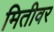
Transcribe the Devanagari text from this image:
मितीवर